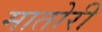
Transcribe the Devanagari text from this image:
मातोरी